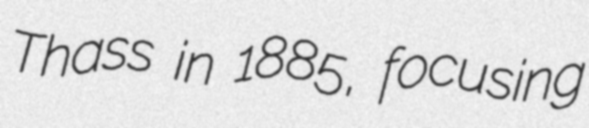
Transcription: Thass in 1885, focusing